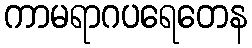
ကာမရာဂပရေတေန